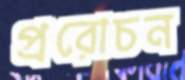
প্ররোচন